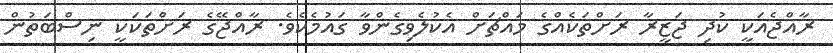
ރާއްޖެއަކީ ކުދި ޖަޒީރާ ރަށްތަކެއްގެ މައްޗަށް އެކުލެވިގެންވާ ގައުމެކެވެ. ރާއްޖޭގެ ރަށްތަކަކީ ނިސްބަތުން